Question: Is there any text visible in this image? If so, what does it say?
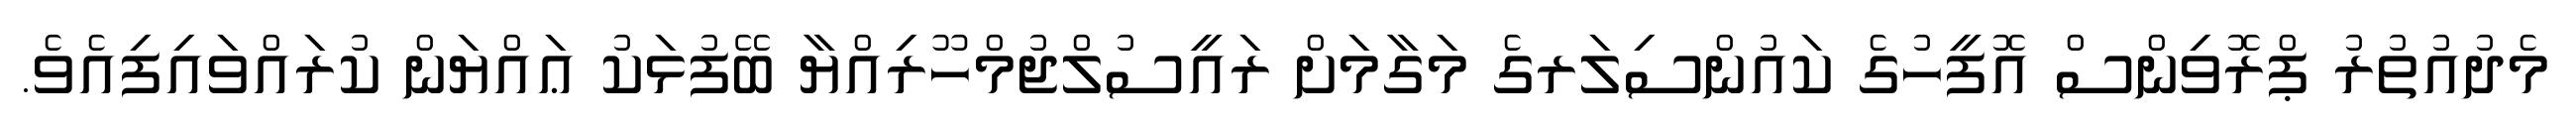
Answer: މެދުއުތުރު ޕްރޮވިންސް އޮފީހުގެ ކައުންސިލަރގެ މަގާމަށް ރައީސުލްޖުމްހޫރިއްޔާ ބޭފުޅަކު ޢައްޔަން ކުރައްވައިފިއެވެ.